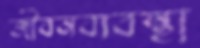
জীবনব্যবস্থা